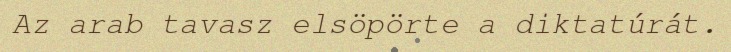
Az arab tavasz elsöpörte a diktatúrát.